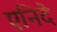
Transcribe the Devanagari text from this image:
एनिदे